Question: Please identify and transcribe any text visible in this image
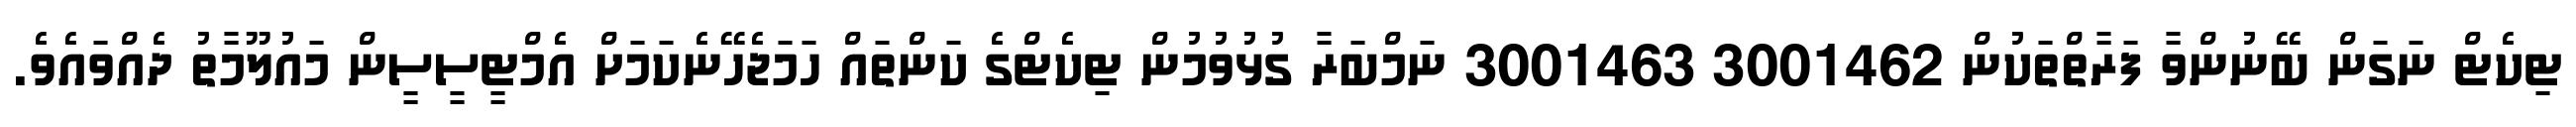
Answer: ޓިކެޓް ނަގަން ބޭނުންވާ ފަރާތްތަކުން 3001462 3001463 ނަމްބަރާ ގުޅުވުމުން ޓިކެޓްގެ ކަންތައް ހަމަޖެހޭނެކަމަށް އެމްޓީސީސީން މައުލޫމާތު ދެއްވައެވެ.